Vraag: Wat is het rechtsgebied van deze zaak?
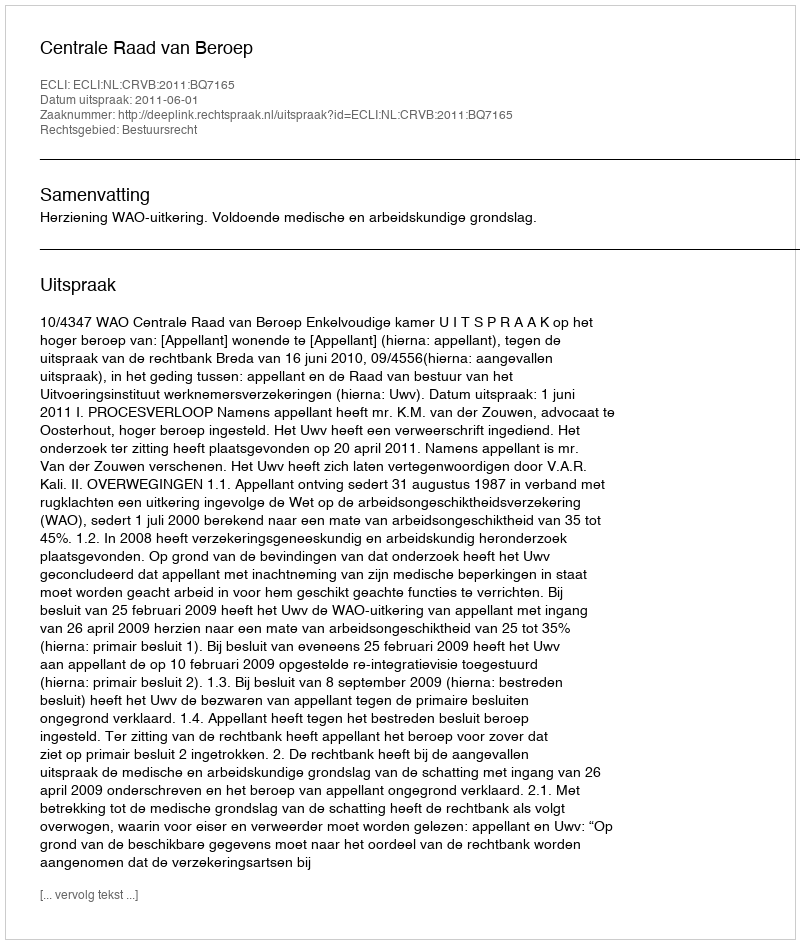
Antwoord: Bestuursrecht